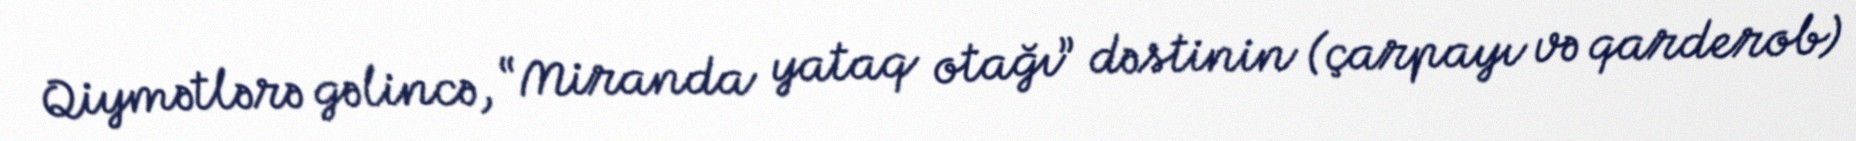
Qiymətlərə gəlincə, “Miranda yataq otağı” dəstinin (çarpayı və qarderob)